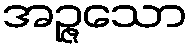
အဉ္ဇသော